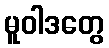
မူဝါဒတွေ